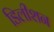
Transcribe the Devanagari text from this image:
डिलीशन